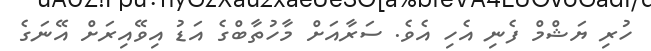
ހުރި ޔަޝްމް ފެނި އެހި އެވެ. ސަރާއަށް މާހުތާބްގެ އަޑު އިވޭއިރަށް އޭނަގެ